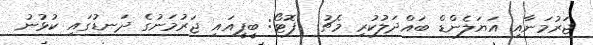
ޖަރުމަނާއި އަޔަލެންޑް ބައްދަލުކުރި މެޗު  ފޮޓޯ: ބީޕީއައި ޖަރުމަނުގެ ދަނޑުގައި ކުޅުނު